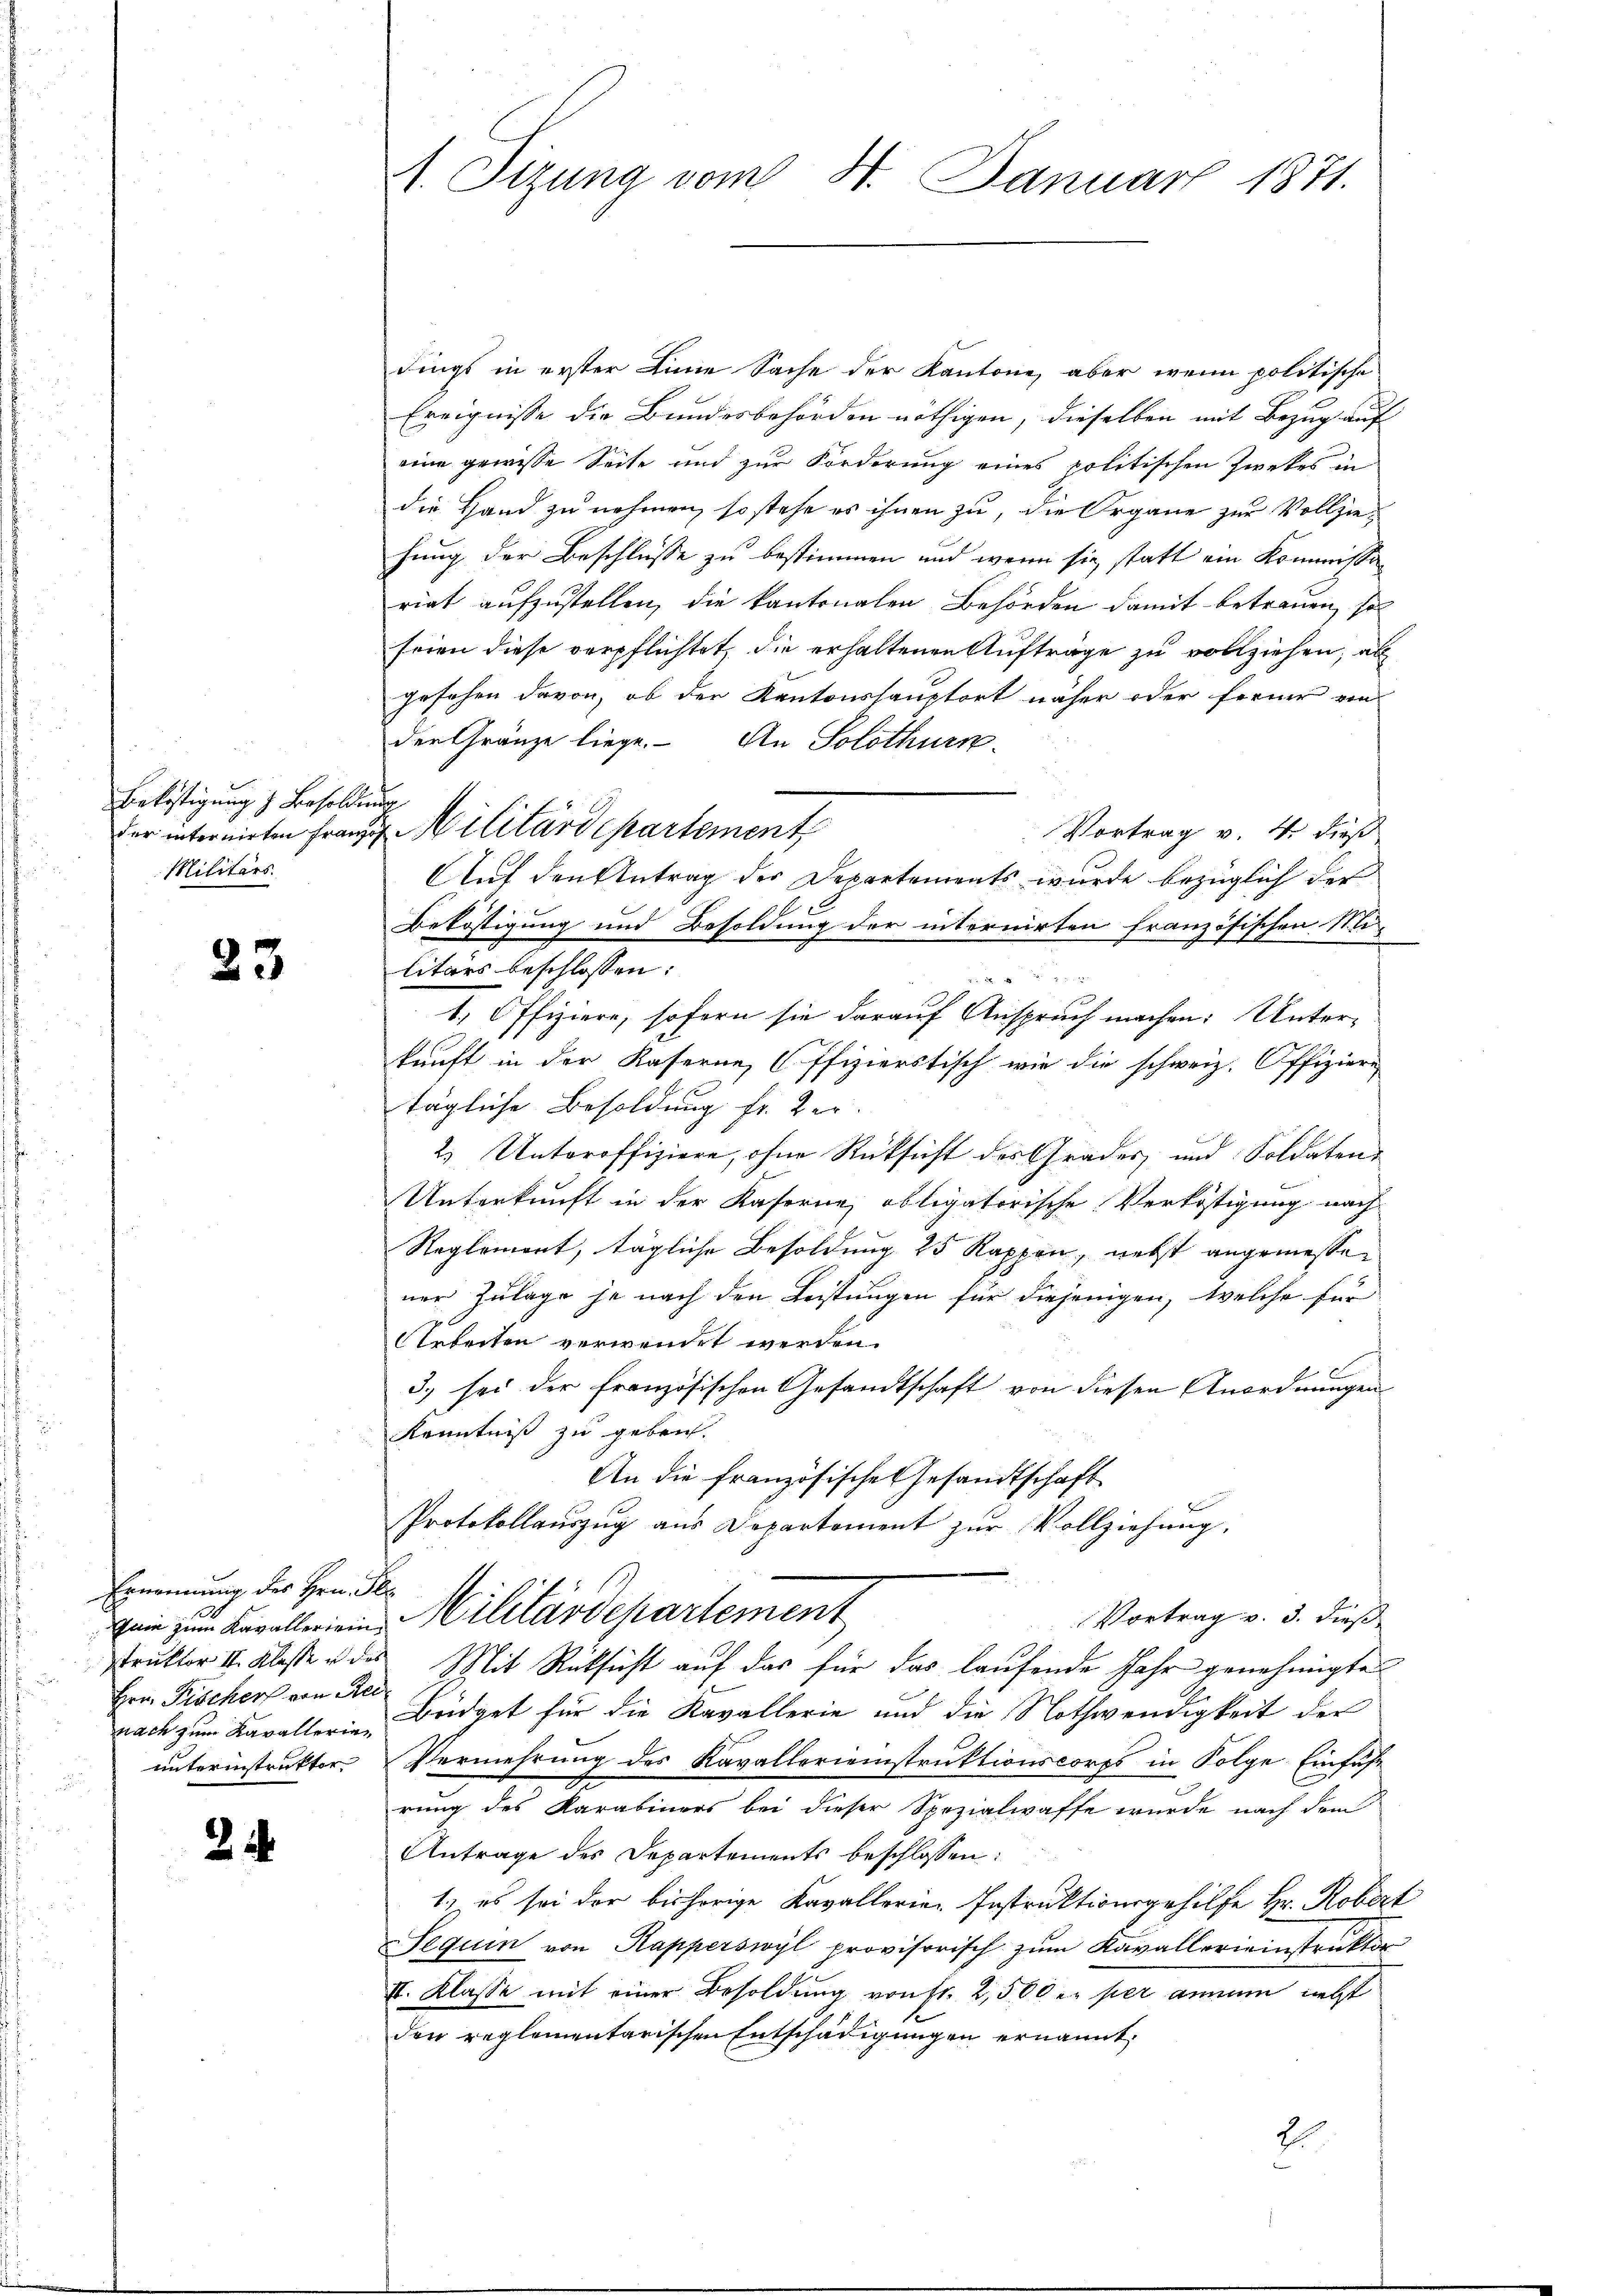
Belästigung & Besoldung
Militärs.

23

Ernennung des Hrn. Per
Hrn. Pischer von Rei

2

1. Tizung vom 8. Januar 1871.

dings in erster Linie Sache der Kantone, aber wenn politische
Ereignisse die Bundesbehörden nöthigen, dieselben mit Bezug auf
eine gewisse Seite und zur Forderung eines politischen Zweckes in
die Hand zu nehmen, so stehe es ihnen zu, die Organe zur Vollzieh
hung der Beschlüsse zu bestimmen und wenn sie statt ein Kommissariat aufzustellen, die kantonalen Behörden damit betrauen, so
seien diese verpflichtet, die erhaltenen Aufträge zu vollziehen, als
gesehen davon, ob der Kantonshauptort näher oder ferner von
der Gränze liege. An Solothurn
Vortrag v. 4. dieß
Auf den Antrag der Departements wurde bezüglich der
Beköstigung und Besoldung der internirten französischen Mi-
litärs beschlossen:

1. Offiziere, sofern sie darauf Anspruch machen: Unterkunft in der Kaserne Offizierstisch wie die schweiz. Offiziere
tägliche Besoldung fr. Ver
2 Unteroffiziere, ohne Rücksicht des Grades und Soldaten¬
Unterkunft in der Kaserne, obligatorische Verköstigung nach
Reglement, tägliche Besoldung 25 Kappen, nebst angemessen
ner Zulage je nach den Leistungen für diejenigen, welche für
Arbeiten verwendet werden.
x
3.) sei der französischen Gesandtschaft von diesen Anordnungen
Kenntniß zu geben.
An die französische Gesandtschaft
F
Protokollaŭszŭg ans Departement zŭr Vollziehŭng:
Vortrag v. 3. dieß
fein zum Kavallerien Militärdepartement
truktor II. Klasse u des Mit Rücksicht auf das für das laufende Jahr genehmigte
nach zum Kavallerin Bridget für die Kavallerie und die Nothwendigkeit der
unterinstruktor Vermehrung des Kavallerienstruktionscorps in Folge Einführ
rung des Karabiners bei dieser Spezialwaffe wurde nach dem
Antrage des Departements beschlossen:
1.) es sei der bisherige Kavallerie-Instruktionsgehilfe Hr. Robert
Sequen von Kapperswyl provisorisch zum Kavallerieinstruktor
I. Klasse mit einer Besoldung von fr. 2,500 er per annum nebst
den reglementarischen Entschädigungen ernannt,
2

der internirten Franze Militärdepartement

.